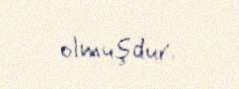
olmuşdur.